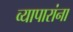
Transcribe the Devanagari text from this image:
व्यापारांना